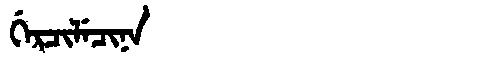
Manchu: ᡤᡝᡵᠴᡳᠯᡝᠴᡳᠨᠠ
Romanization: GERCILECINA